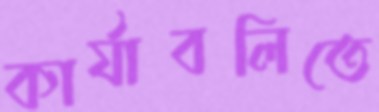
কার্যাবলিতে